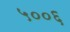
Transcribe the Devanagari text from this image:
५००६